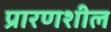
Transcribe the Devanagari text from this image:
प्रारणशील